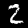
Label: 2